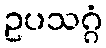
ဥပသဂ္ဂံ